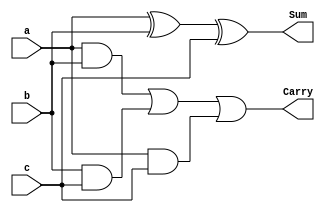
`timescale 1ns / 1ps
/********************************************************************************************

Filename    :	   full_adder_data_tb.v   

Description :      One bit Full adder using dataflow model

Author Name :      Lakshmi Ummidi

Version     :      1.0
*********************************************************************************************/
module full_adder_data(a, b, c, Sum, Carry);

	input a, b, c;
	output Sum, Carry;
	
	assign Sum = a ^ b ^ c;
	assign Carry = (a & b) | (b & c) | (a & c);
endmodule